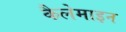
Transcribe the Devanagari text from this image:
कैलेमाइन